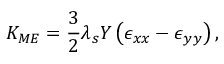
K _ { M E } = \frac { 3 } { 2 } \lambda _ { s } Y \left( \epsilon _ { x x } - \epsilon _ { y y } \right) ,